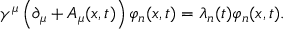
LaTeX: \gamma ^ { \mu } \left( \partial _ { \mu } + { \cal A } _ { \mu } ( x , t ) \right) \varphi _ { n } ( x , t ) = \lambda _ { n } ( t ) \varphi _ { n } ( x , t ) .